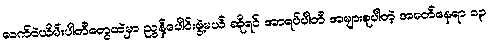
လက်ဝဲယိမ်းပါတီတွေထဲမှာ ညွန့်ပေါင်းဖွဲ့မယ် ဆိုရင် အာရပ်ပါတီ အများစုပါတဲ့ အမတ်နေရာ ၁၃